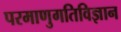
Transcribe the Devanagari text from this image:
परमाणुगतिविज्ञान